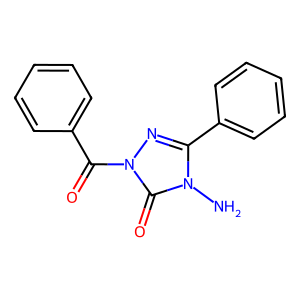
SMILES: Nn1c(-c2ccccc2)nn(C(=O)c2ccccc2)c1=O
Inhibits HIV replication: No